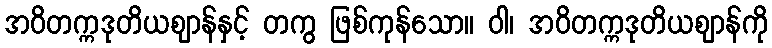
အဝိတက္ကဒုတိယဈာန်နှင့် တကွ ဖြစ်ကုန်သော။ ဝါ၊ အဝိတက္ကဒုတိယဈာန်ကို